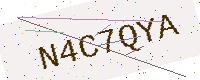
Text: N4C7QYA